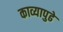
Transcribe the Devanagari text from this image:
काव्यापुढे